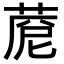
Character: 𦴓